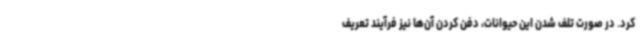
کرد. در صورت تلف شدن این حیوانات، دفن کردن آن‌ها نیز فرآیند تعریف